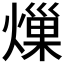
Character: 𤍒